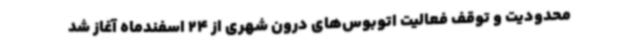
محدودیت و توقف فعالیت اتوبوس‌های درون شهری از 24 اسفندماه آغاز شد